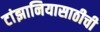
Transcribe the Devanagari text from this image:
टांझानियासाठीची